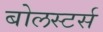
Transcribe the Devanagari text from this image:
बोलस्टर्स